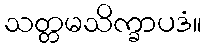
သတ္တမသိက္ခာပဒံ။